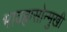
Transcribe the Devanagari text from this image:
भावह्रासोन्मुखी